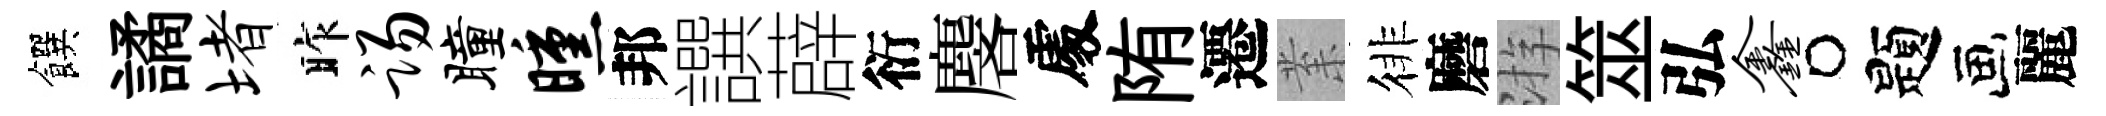
饌譎堵昨踢瞳曛邦譔薜衍麐𠁅陏遷𭪙徘磨㳺筮弘鑫题麗